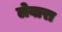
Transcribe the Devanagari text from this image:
लेबारा